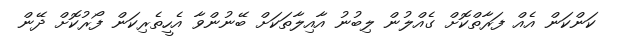
ކަންކަން އެއް ފަރާތްކޮށް ގެއްލުން ލިބުނު އާއިލާތަކަށް ބޭނުންވާ އެހީތެރިކަން ފޯރުކޮށް ދޭން